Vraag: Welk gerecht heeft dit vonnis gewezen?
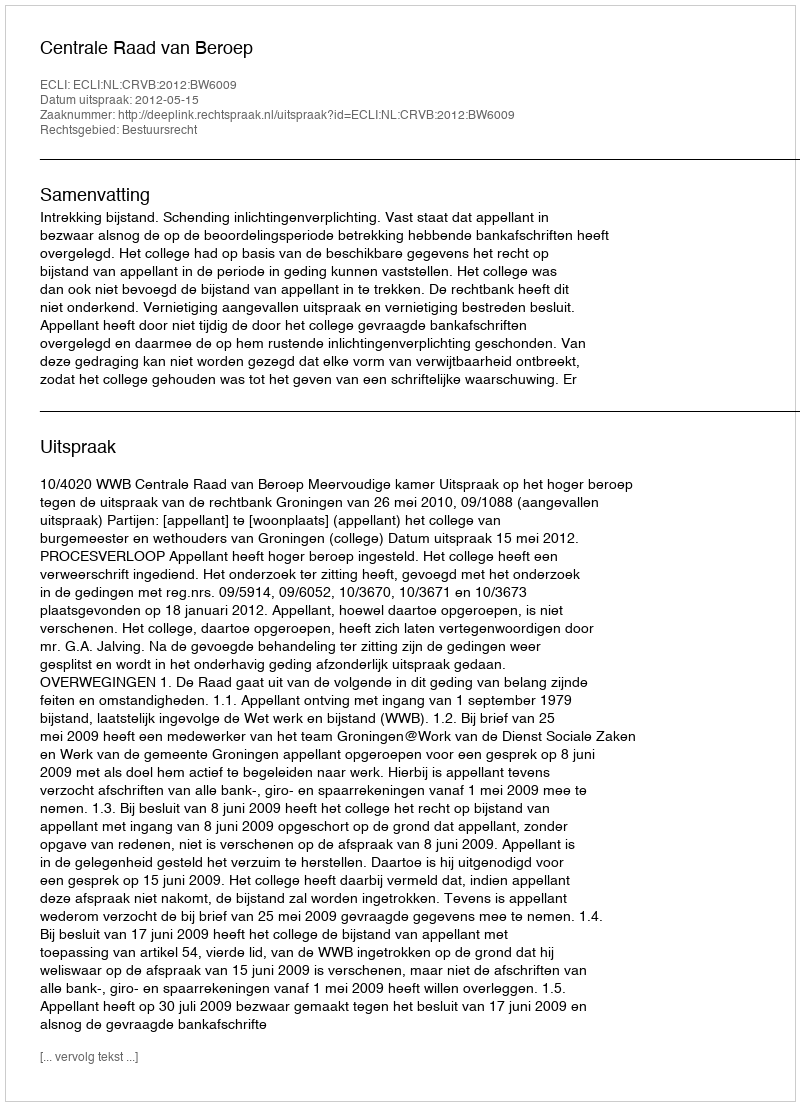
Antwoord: Centrale Raad van Beroep